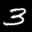
Label: 3